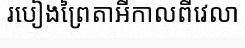
របៀងព្រៃតាអីកាលពីវេលា